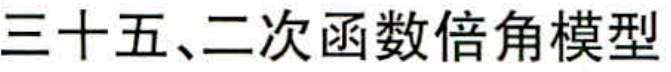
三十五、二次函数倍角模型